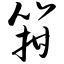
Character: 箝